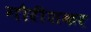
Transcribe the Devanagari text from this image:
गौरीशकर